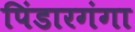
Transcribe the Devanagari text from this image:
पिंडारगंगा